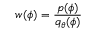
w ( \phi ) = \frac { p ( \phi ) } { q _ { \theta } ( \phi ) }